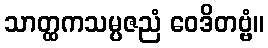
သာတ္ထကသမ္ပဇညံ ဝေဒိတဗ္ဗံ။